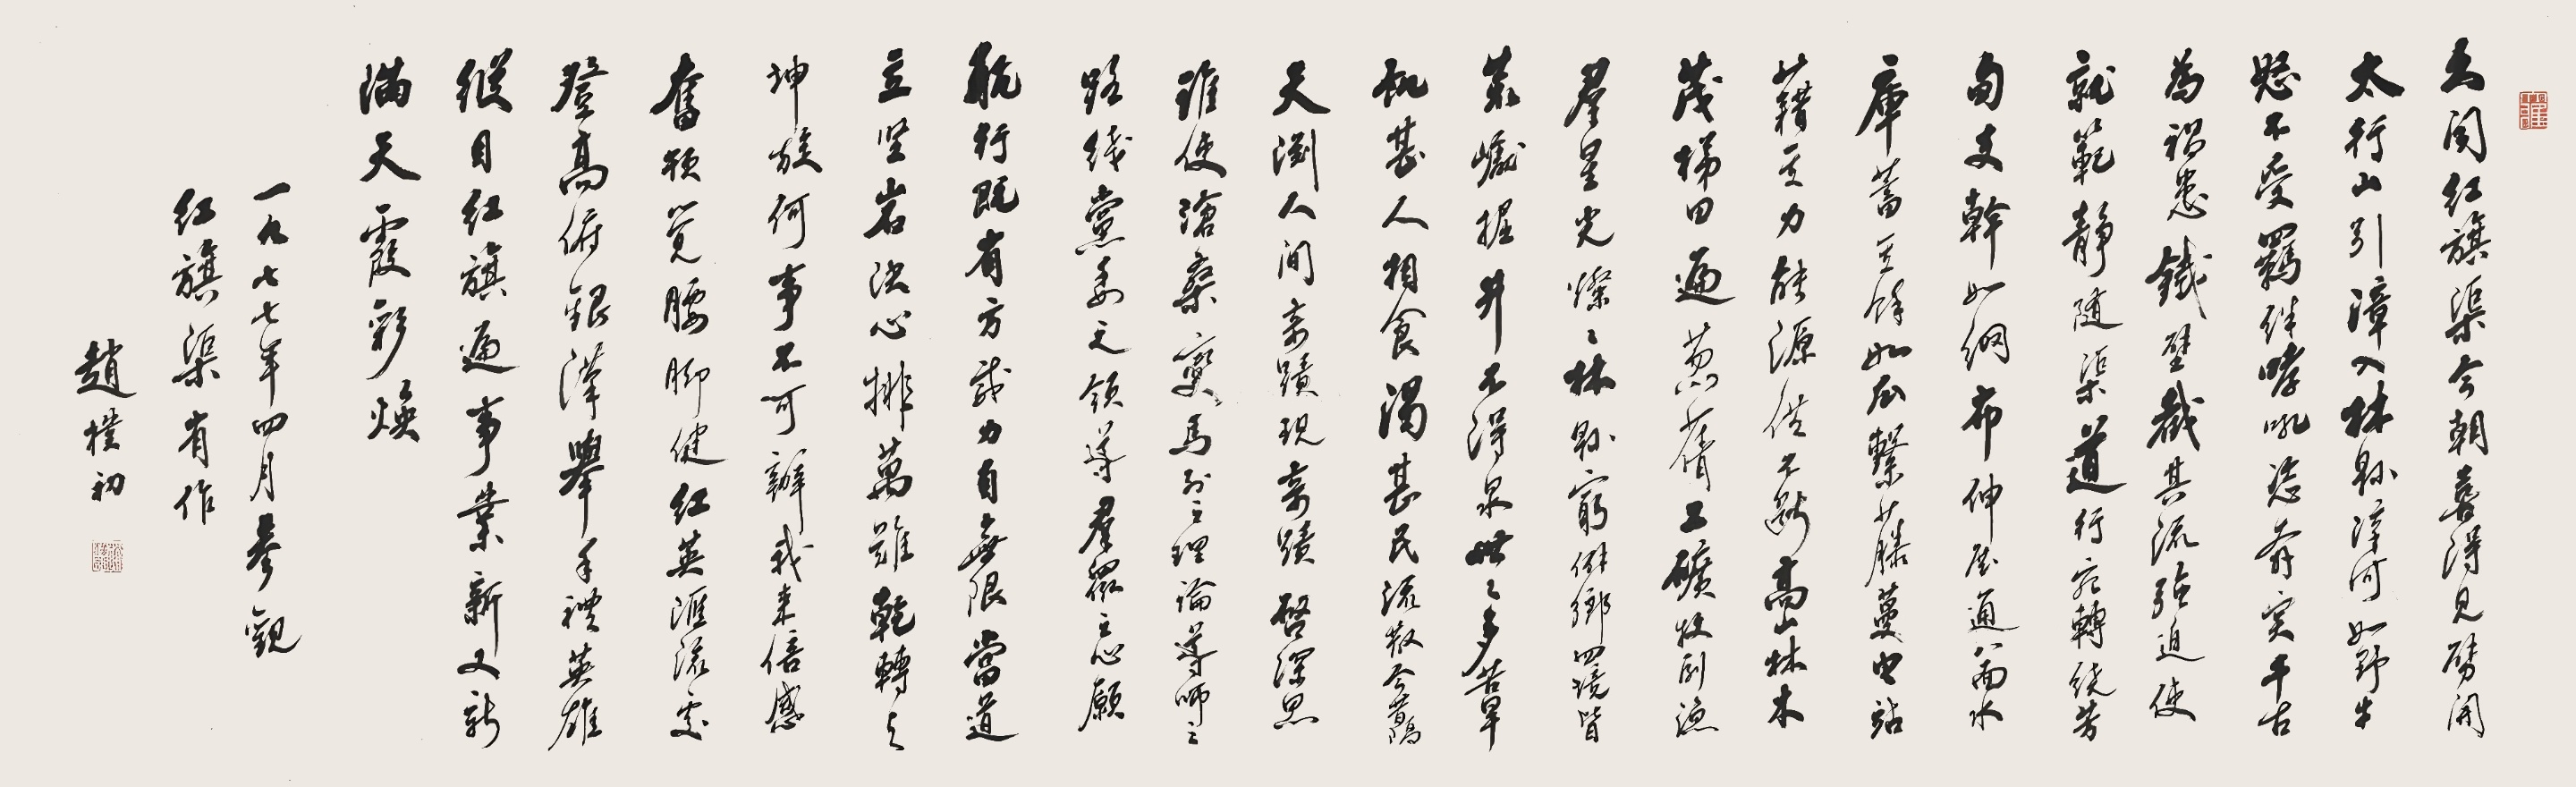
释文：久闻红旗渠；今朝喜得见。劈开太行山；引漳入林县。漳河如野牛；怒不受羁绊。哮吼姿奔突；千古为祸患。铁壁截其流；强迫使就范。静随渠道行；宛转绕芳旬。支干如网布；伸展通八面。水库蓄其余；如瓜系藤蔓。电站藉其力；能源供不断。高山林木茂；梯田遍葱蒨。工矿牧副渔；群星光灿灿。林县穷僻乡；四境皆荒𪩘。掘井不得泉；世世多苦旱。饥甚人相食；渴甚民流散。今昔隔天渊；人间奇迹现。奇迹启深思；谁使沧桑变。马列之理论；导师之路线。党委之领导；群众之心愿。航行既有方；威力自无限。当道立坚岩；决心排万难。干转与坤旋；何事不可办。我来倍感奋；顿觉腰脚健。红英汇流处；登高俯银汉。举手礼英雄；纵目红旗遍。事业新又新；满天霞彩焕。一九七七年四月参观红旗渠有作，赵朴初。